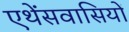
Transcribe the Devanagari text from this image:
एथेंसवासियों